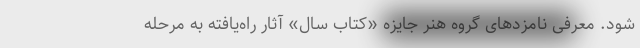
شود. معرفی نامزدهای گروه هنر جایزه «کتاب سال» آثار راه‌یافته به مرحله